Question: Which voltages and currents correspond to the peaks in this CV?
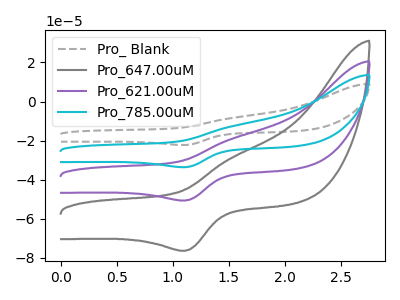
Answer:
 <answer>The gray dashed curve "Pro_ Blank" has an anodic peak at (1.55V, -57.10uA) and a cathodic peak at (1.10V, -152.25uA). The gray curve "Pro_647.00uM" has an anodic peak at (1.55V, -28.70uA) and a cathodic peak at (1.10V, -76.50uA). The purple curve "Pro_621.00uM" has an anodic peak at (1.55V, -19.05uA) and a cathodic peak at (1.10V, -50.75uA). The cyan curve "Pro_785.00uM" has an anodic peak at (1.55V, -38.10uA) and a cathodic peak at (1.10V, -101.50uA).</answer>
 <eval></eval>